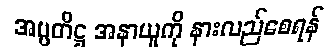
အပ္ပတိဋ္ဌ အနာယူကို နားလည်စေရန်